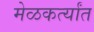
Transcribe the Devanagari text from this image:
मेळकर्त्यांत